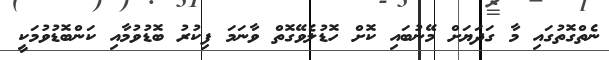
ނެތްގޮތުގައި މާ ގަދަޔަށް މޭނުބައި ކޮށް ހޮޑުލެވޭގޮތް ވާނަމަ ފިކުރު ބޮޑުވުމާއި ކަންބޮޑުވުމަކީ